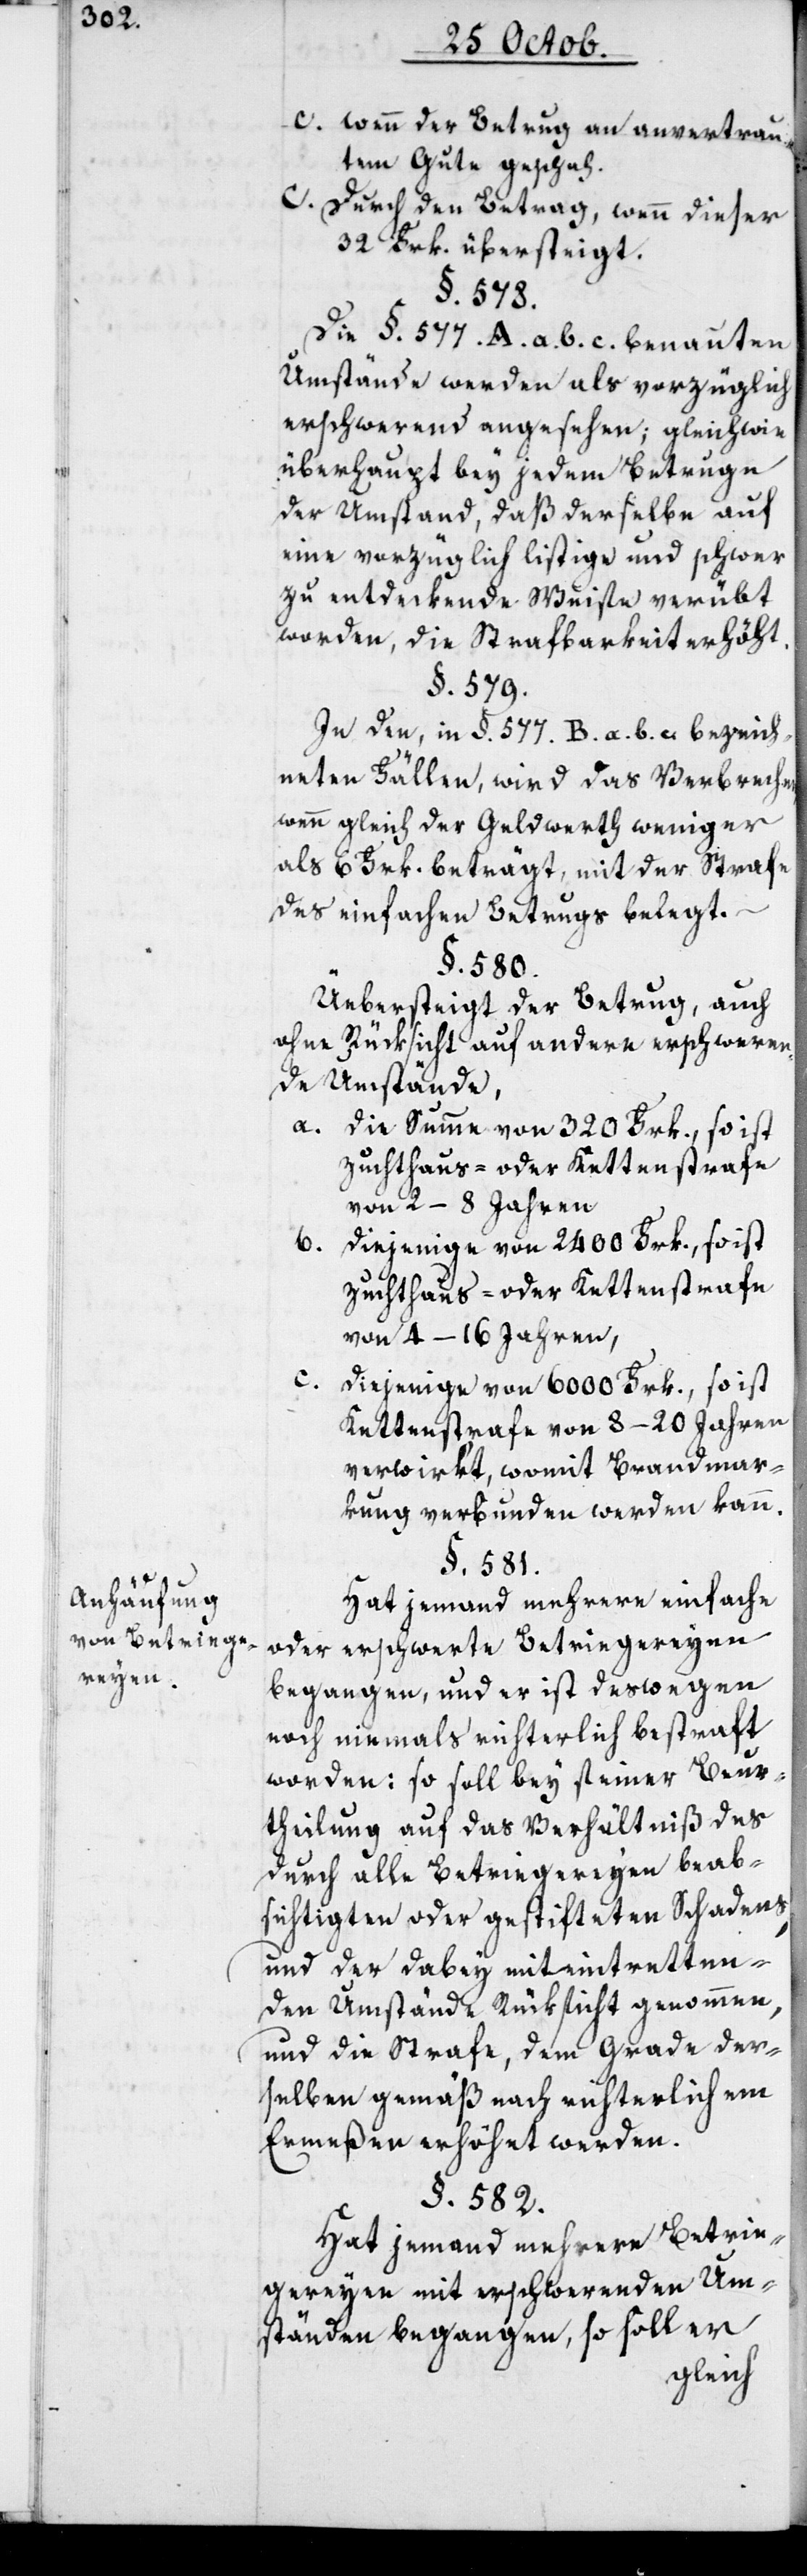
Anhäufung
von Betriege¬
reyen.

c. wenn der Betrug an anvertrau¬
tem Gute geschah.
C Durch den Betrag, wenn dieser
32 Frk. übersteigt.
§. 578.
Die §. 577. A a. b. c. benannten
Umstände werden als vorzüglich
erschwerend angesehen; gleichwie
überhaupt bey jedem Betruge
der Umstand, daß derselbe auf
eine vorzüglich listige und schwer
zu entdeckende Weise verübt
worden, die Strafbarkeit erhöht.
§. 579.
In den, in §. 577. B a. b. c. bezeich¬
neten Fällen, wird das Verbrechen,
wenn gleich der Geldwert weniger
als 6 Frk. beträgt, mit der Strafe
des einfachen Betrugs belegt.
§. 580.
Übersteigt der Betrug, auch
ohne Rücksicht auf andere erschweren¬
de Umstände,
a. die Summe von 320 Frk., so ist
Zuchthaus- oder Kettenstrafe
von 2–8 Jahren
b. diejenige von 2400 Frk., so ist
Zuchthaus- oder Kettenstrafe
von 4–16 Jahren,
c.
diejenige von 6000 Frk., so ist
Kettenstrafe von 8–20. Jahren
verwirkt, womit Brandmar¬
kung verbunden werden kann.
§. 581.
Hat jemand mehrere einfache
oder erschwerte Betriegereyen
begangen, und er ist deswegen
noch niemals richterlich bestraft
worden: so soll bey seiner Beur¬
theilung auf das Verhältniß des
durch alle Betriegereyen beab¬
sichtigten oder gestifteten Schadens,
und der dabey miteintretten¬
den Umstände Rücksicht genommen,
und die Strafe, dem Grade der¬
selben gemäß nach richterlichem
Ermeßen erhöhet werden.
§. 582.
Hat jemand mehrere Betrie¬
gereyen mit erschwerenden Um¬
ständen begangen, so soll er